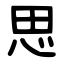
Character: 思